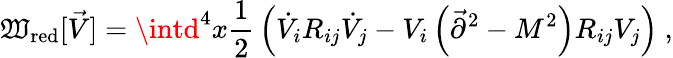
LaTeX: \mathfrak{W}_{\mathrm{{red}}}[\vec{{V}}]=\intd^{4}x{\frac{{1}}{{2}}}\left(\dot{{V}}_{i}R_{ij}\dot{{V}}_{j}-V_{i}\left(\vec{{\partial}}^{2}-M^{2}\right)R_{ij}V_{j}\right)~,